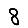
Digit: 8